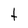
Character: t